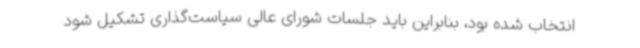
انتخاب شده بود، بنابراین باید جلسات شورای عالی سیاست‌گذاری تشکیل شود